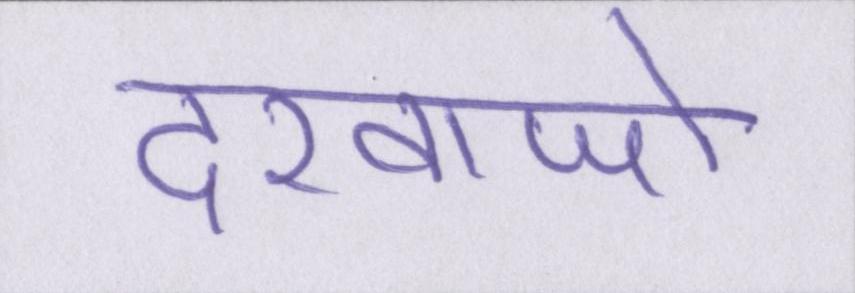
दरवाजो